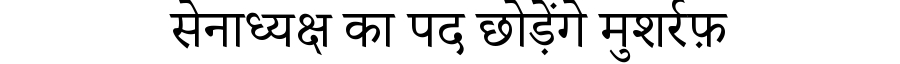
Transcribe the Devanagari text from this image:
सेनाध्यक्ष का पद छोड़ेंगे मुशर्रफ़